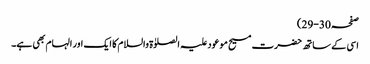
صفحہ 30-29)
اسی کے ساتھ حضرت مسیح موعود علیہ الصلوٰۃ والسلام کا ایک اور الہام بھی ہے۔